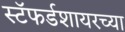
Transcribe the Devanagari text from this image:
स्टॅफर्डशायरच्या